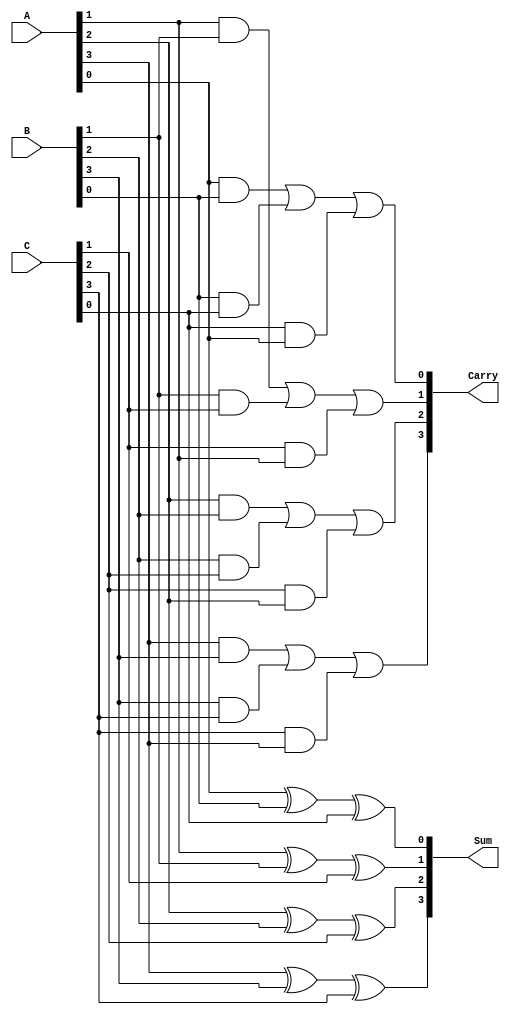
module CarrySaveAdder #(parameter n = 4) (
    input  [n-1:0] A, // First input operand
    input  [n-1:0] B, // Second input operand
    input  [n-1:0] C, // Third input operand
    output [n-1:0] Sum,  // Sum output
    output [n-1:0] Carry // Carry output
);
    // Intermediate wires for carry bits
    wire [n-1:0] carry_temp;

    // Generate Sum and Carry outputs using bitwise operations
    genvar i;
    generate
        for (i = 0; i < n; i = i + 1) begin: CSA_Bit
            // Sum for bit i
            assign Sum[i] = A[i] ^ B[i] ^ C[i];
            
            // Carry for bit i
            assign carry_temp[i] = (A[i] & B[i]) | (B[i] & C[i]) | (C[i] & A[i]);
        end
    endgenerate

    // Assign carry output
    assign Carry = carry_temp;

endmodule